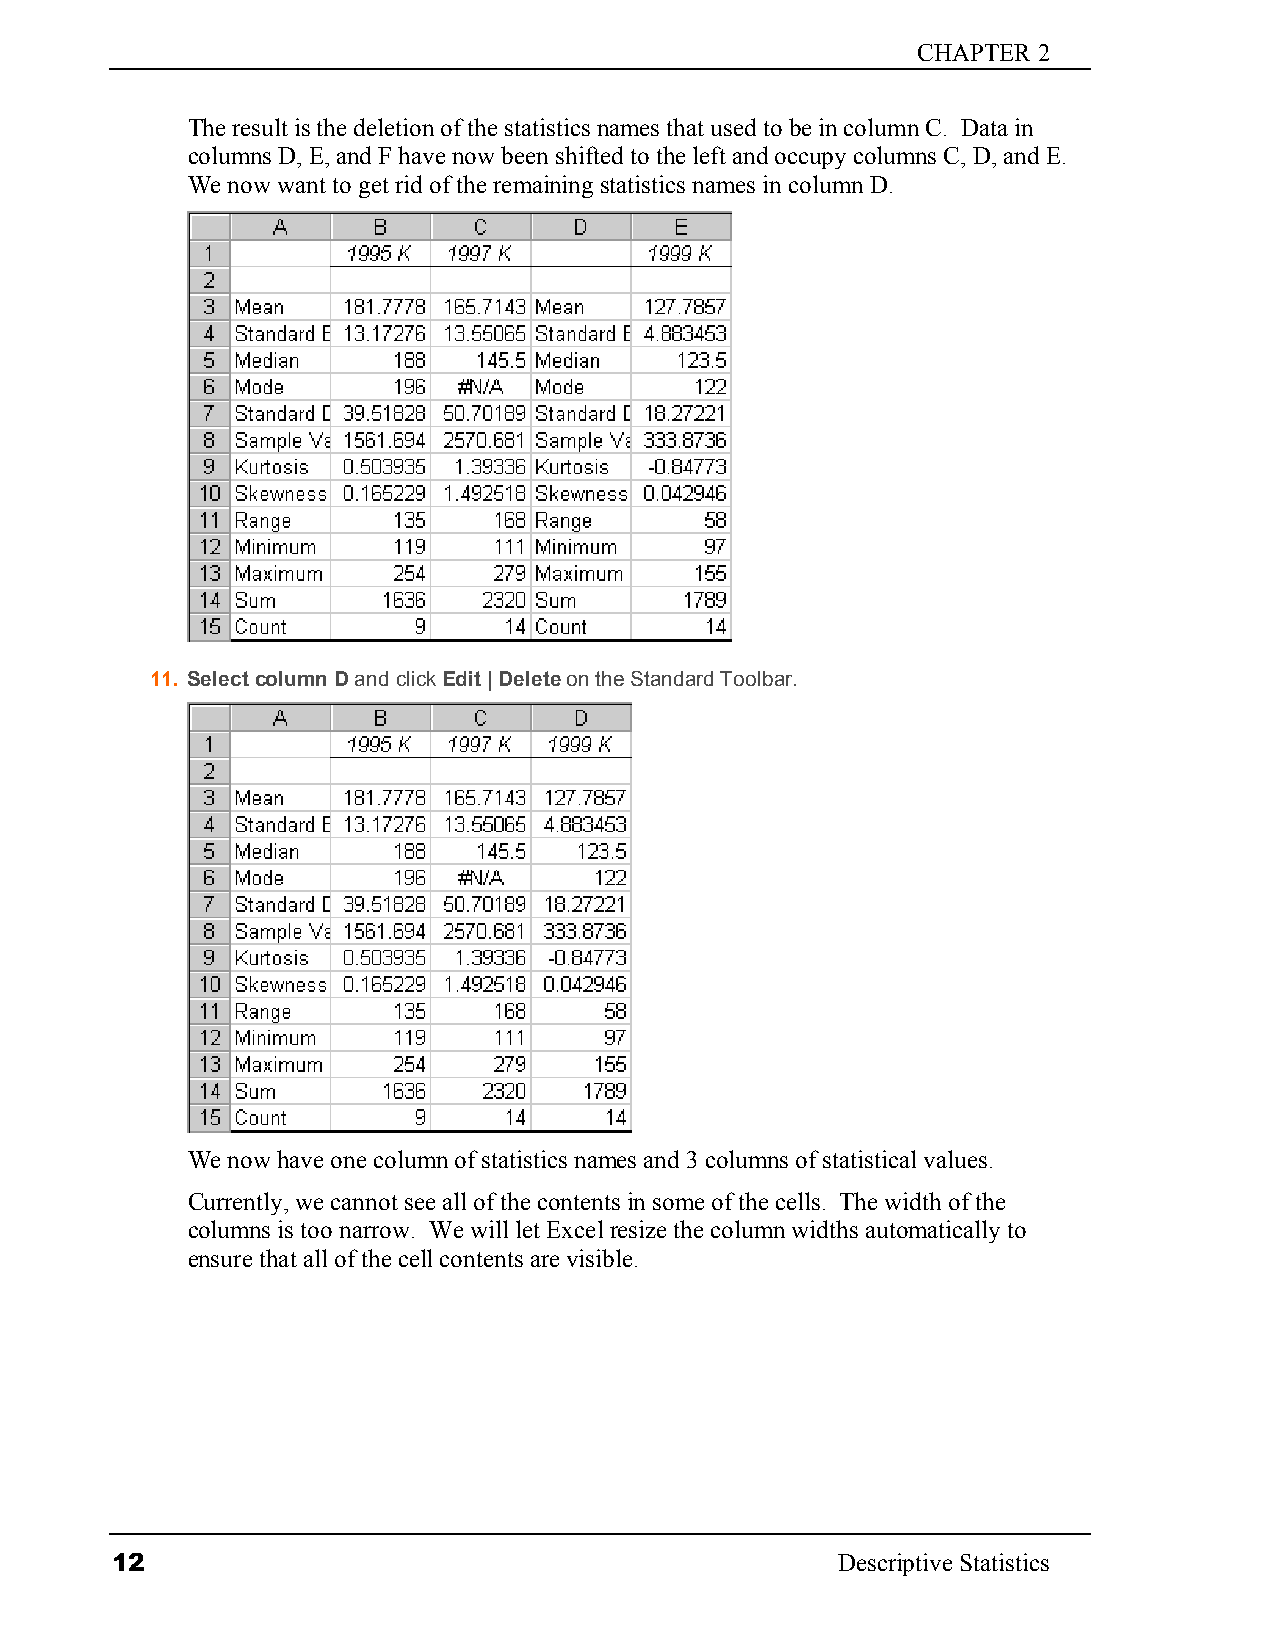
CHAPTER 2
 The result is the deletion of the statistics names that used to be in column C. Data in
 columns D, E, and F have now been shifted to the left and occupy columns C, D, and E.
 We now want to get rid of the remaining statistics names in column D.
 11. Select column D and click Edit | Delete on the Standard Toolbar.
 We now have one column of statistics names and 3 columns of statistical values.
 Currently, we cannot see all of the contents in some of the cells. The width of the
 columns is too narrow. We will let Excel resize the column widths automatically to
 ensure that all of the cell contents are visible.
 12                                              Descriptive Statistics